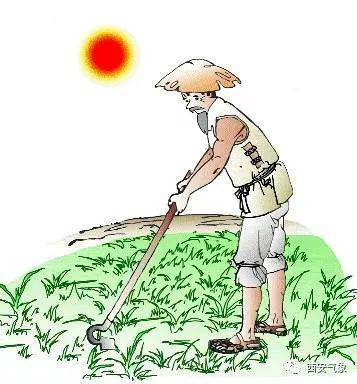
锄禾日当午，汗滴禾下土。